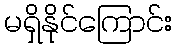
မရှိနိုင်ကြောင်း